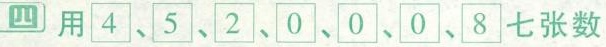
四 用4、5、2、0、0、0、8七张数